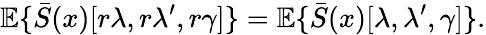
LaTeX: {\mathbb E}\{ \bar{S}(x)[r\lambda,r\lambda^{\prime},r\gamma]\} ={\mathbb E}\{ \bar{S}(x)[\lambda,\lambda^{\prime},\gamma]\} .